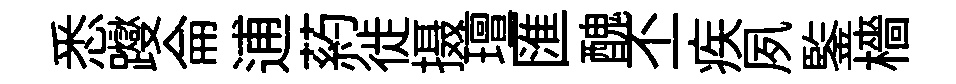
悉躞侖逋葯徙摄璮匯醜丕疾夙鍳檣